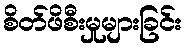
စိတ်ဖိစီးမှုများခြင်း